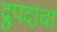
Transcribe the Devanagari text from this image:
द्रुपदाचा